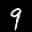
Label: 9